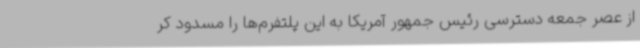
از عصر جمعه دسترسی رئیس جمهور آمریکا به این پلتفرم‌ها را مسدود کر